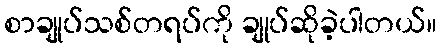
စာချုပ်သစ်တရပ်ကို ချုပ်ဆိုခဲ့ပါတယ်။